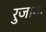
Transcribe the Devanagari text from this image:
रुजावा